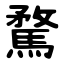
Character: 騖